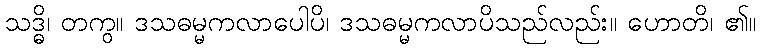
သဒ္ဓိ၊ တကွ။ ဒသဓမ္မကလာပေါပိ၊ ဒသဓမ္မကလာပိသည်လည်း။ ဟောတိ၊ ၏။